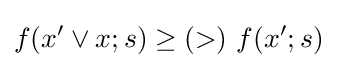
f(x'\vee x;s)\geq (>)\ f(x';s)